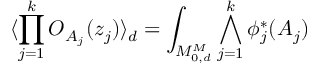
\langle \prod _ { j = 1 } ^ { k } { \cal O } _ { A _ { j } } ( z _ { j } ) \rangle _ { d } = \int _ { { \cal M } _ { 0 , d } ^ { M } } \bigwedge _ { j = 1 } ^ { k } \phi _ { j } ^ { * } ( A _ { j } )